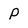
Character: P